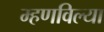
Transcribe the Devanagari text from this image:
म्हणविल्या